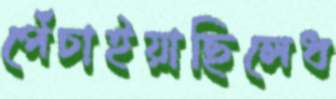
পেঁচাইয়াছিলেধ